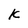
Character: k